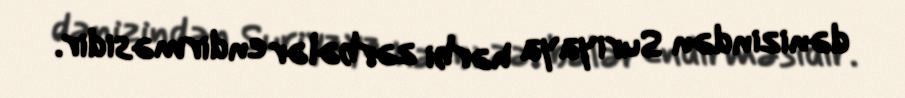
dənizindən Suriyaya hərbi zərbələr endirməsidir.